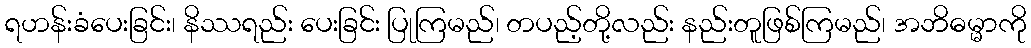
ရဟန်းခံပေးခြင်း၊ နိဿရည်း ပေးခြင်း ပြုကြမည်၊ တပည့်တို့လည်း နည်းတူဖြစ်ကြမည်၊ အဘိဓမ္မာကို